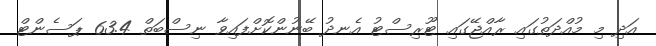
އަދި މި މުއްދަތުގައި ރާއްޖޭގައި ޓޫރިސްޓު އެނދު ބޭނުންކޮށްފައިވާ ނިސްބަތް 63.4 ޕަސެންޓް